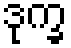
ဒုက္ခ